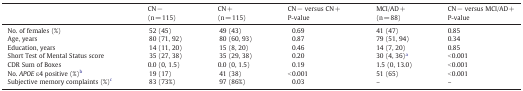
<table><thead><tr><td></td><td><b>CN −(n = 115)</b></td><td><b>CN +(n = 115)</b></td><td><b>CN − versus CN +P-value</b></td><td><b>MCI/AD +(n = 88)</b></td><td><b>CN − versus MCI/AD +P-value</b></td></tr></thead><tbody><tr><td>No. of females (%)</td><td>52 (45)</td><td>49 (43)</td><td>0.69</td><td>41 (47)</td><td>0.85</td></tr><tr><td>Age, years</td><td>80 (71, 92)</td><td>80 (60, 93)</td><td>0.87</td><td>79 (51, 94)</td><td>0.34</td></tr><tr><td>Education, years</td><td>14 (11, 20)</td><td>15 (8, 20)</td><td>0.46</td><td>14 (7, 20)</td><td>0.85</td></tr><tr><td>Short Test of Mental Status score</td><td>35 (27, 38)</td><td>35 (29, 38)</td><td>0.20</td><td>30 (4, 36)a</td><td>&lt; 0.001</td></tr><tr><td>CDR Sum of Boxes</td><td>0.0 (0, 1.5)</td><td>0.0 (0, 1.5)</td><td>0.19</td><td>1.5 (0, 13.0)</td><td>&lt; 0.001</td></tr><tr><td>No. <i>APOE</i> ε4 positive (%)b</td><td>19 (17)</td><td>41 (38)</td><td>&lt; 0.001</td><td>51 (65)</td><td>&lt; 0.001</td></tr><tr><td>Subjective memory complaints (%)c</td><td>83 (73%)</td><td>97 (86%)</td><td>0.03</td><td>–</td><td>–</td></tr></tbody></table>